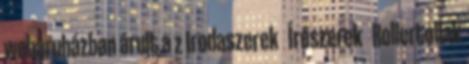
webáruházban árult a z Irodaszerek Írószerek Rollertollak